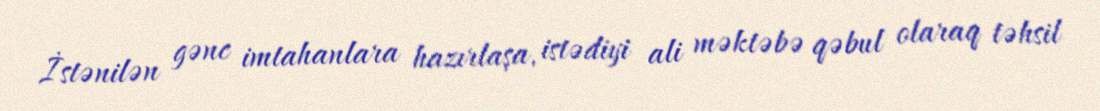
İstənilən gənc imtahanlara hazırlaşa, istədiyi ali məktəbə qəbul olaraq təhsil